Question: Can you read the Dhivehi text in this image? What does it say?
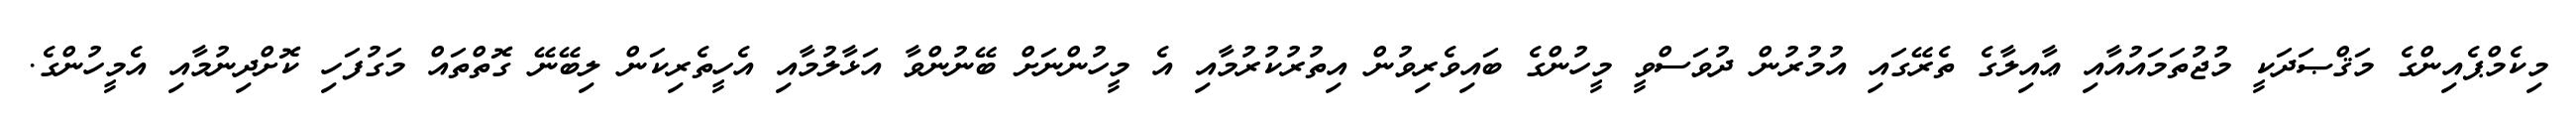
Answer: މިކެމްޕެއިންގެ މަޤްޞަދަކީ މުޖުތަމައުއާއި ޢާއިލާގެ ތެރޭގައި އުމުރުން ދުވަސްވީ މީހުންގެ ބައިވެރިވުން އިތުރުކުރުމާއި އެ މީހުންނަށް ބޭނުންވާ އަޅާލުމާއި އެހީތެރިކަން ލިބޭނޭ ގޮތްތައް މަގުފަހި ކޮށްދިނުމާއި އެމީހުންގެ.